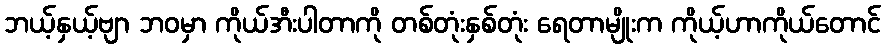
ဘယ့်နှယ့်ဗျာ ဘဝမှာ ကိုယ်အီးပါတာကို တစ်တုံးနှစ်တုံး ရေတာမျိုးက ကိုယ့်ဟာကိုယ်တောင်